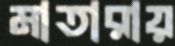
মাতারায়